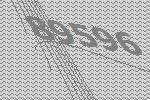
89596